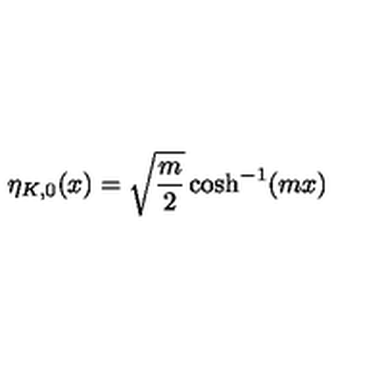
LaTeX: \eta _ { K , 0 } ( x ) = \sqrt { \frac { m } { 2 } } \cosh ^ { - 1 } ( m x )